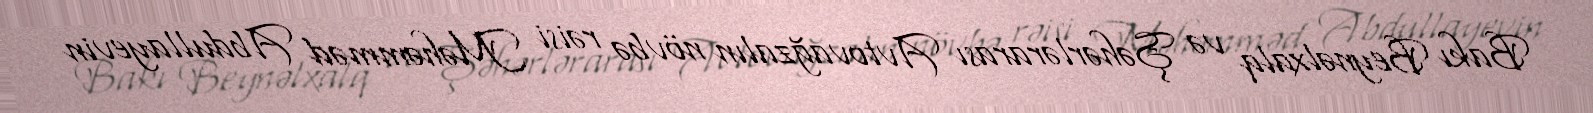
Bakı Beynəlxalq və Şəhərlərarası Avtovağzalın növbə rəisi Məhəmməd Abdullayevin